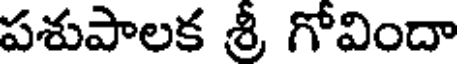
పశుపాలక శ్రీ గోవిందా